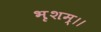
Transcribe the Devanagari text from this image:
भृशम्।।